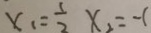
x _ { 1 } = \frac { 1 } { 2 } x _ { 2 } = - 1